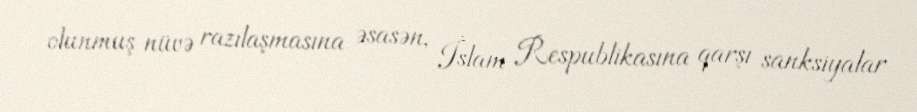
olunmuş nüvə razılaşmasına əsasən, İslam Respublikasına qarşı sanksiyalar